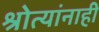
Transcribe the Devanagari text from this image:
श्रोत्यांनाही